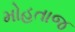
મોહતાજ